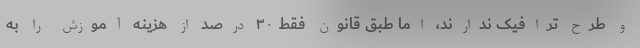
و طرح ترافیک ندارند، اما طبق قانون فقط ۳۰ درصد از هزینه آموزش را به